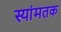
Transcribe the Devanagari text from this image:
स्यांमतक